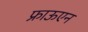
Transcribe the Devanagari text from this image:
फ्राऊएन